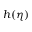
h ( \eta )